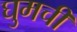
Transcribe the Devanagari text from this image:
घुमची